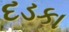
દડકા